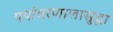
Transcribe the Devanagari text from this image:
पर्यावरणालासुद्धा